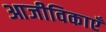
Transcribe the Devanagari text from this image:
आजीविकाएँ